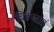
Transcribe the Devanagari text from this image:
चित्रपटांचं